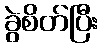
ခွဲစိတ်ပြီး